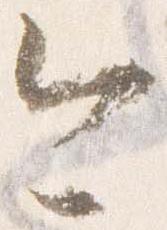
今